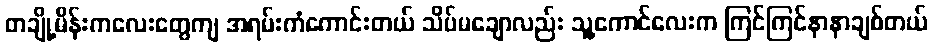
တချို့မိန်းကလေးတွေကျ အရမ်းကံကောင်းတယ် သိပ်မချောလည်း သူ့ကောင်လေးက ကြင်ကြင်နာနာချစ်တယ်